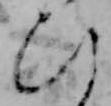
ひ